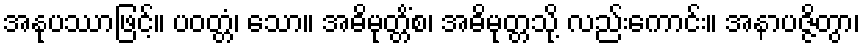
အနုပဿာဖြင့်။ ပဝတ္တံ၊ သော။ အဓိမုတ္တိံစ၊ အဓိမုတ္တသို့ လည်းကောင်း။ အနာပဇ္ဇိတွာ၊